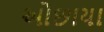
ઓછાયા